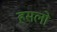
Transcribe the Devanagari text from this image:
हसलो